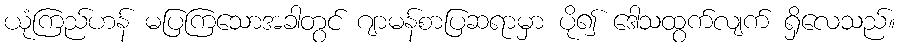
ယုံကြည်ဟန် မပြကြသောအခါတွင် ဂျာမန်စာပြဆရာမှာ ပို၍ ဒေါသထွက်လျက် ရှိလေသည်။